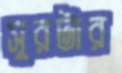
সুরটার